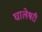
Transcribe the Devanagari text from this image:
घालेश्वरी